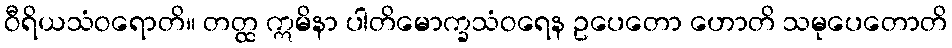
ဝီရိယသံဝရောတိ။ တတ္ထ ဣမိနာ ပါတိမောက္ခသံဝရေန ဥပေတော ဟောတိ သမုပေတောတိ